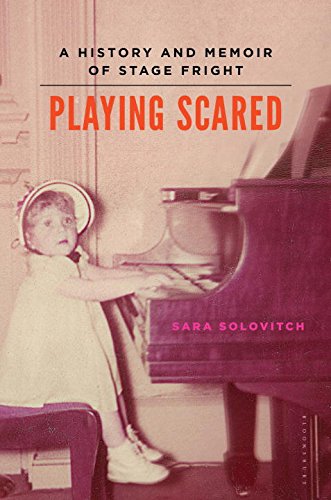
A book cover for Playing Scared: A History and Memoir of Stage Fright; Sara Solovitch; Self-Help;